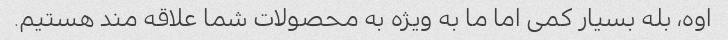
اوه، بله بسیار کمی اما ما به ویژه به محصولات شما علاقه مند هستیم.